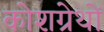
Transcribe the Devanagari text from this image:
कोशग्रेथों